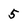
Character: 5